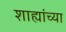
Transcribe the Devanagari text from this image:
शाह्यांच्या